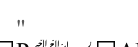
"